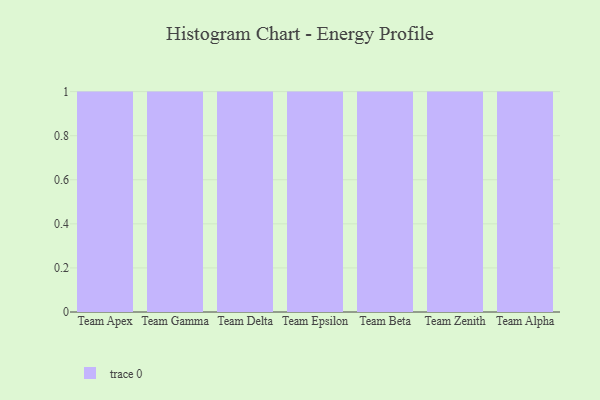
{"axis": {"x": "Team", "y": "Budget (USD K)"}, "legend": [""], "data": [{"x": "Team Apex", "y": 48, "type": ""}, {"x": "Team Gamma", "y": 82, "type": ""}, {"x": "Team Delta", "y": 32, "type": ""}, {"x": "Team Epsilon", "y": 66, "type": ""}, {"x": "Team Beta", "y": 21, "type": ""}, {"x": "Team Zenith", "y": 17, "type": ""}, {"x": "Team Alpha", "y": 28, "type": ""}]}